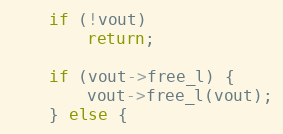
Language: C
    if (!vout)
        return;

    if (vout->free_l) {
        vout->free_l(vout);
    } else {